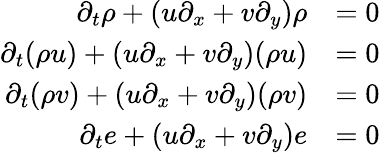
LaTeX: \begin{array}{rl}{\partial_{t}\rho+(u\partial_{x}+v\partial_{y})\rho}&{=0}\\ {\partial_{t}(\rho u)+(u\partial_{x}+v\partial_{y})(\rho u)}&{=0}\\ {\partial_{t}(\rho v)+(u\partial_{x}+v\partial_{y})(\rho v)}&{=0}\\ {\partial_{t}e+(u\partial_{x}+v\partial_{y})e}&{=0}\end{array}